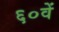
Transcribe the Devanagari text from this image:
६०वें